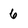
Character: 6